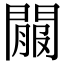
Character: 𨵟